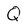
Character: Q